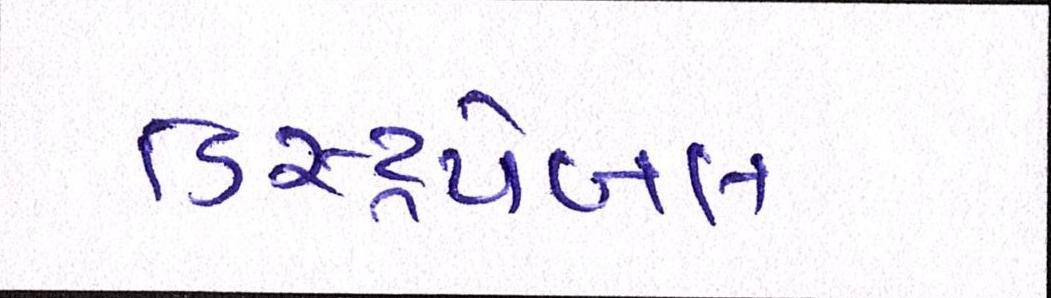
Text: ડિસ્ટ્રપેબલ